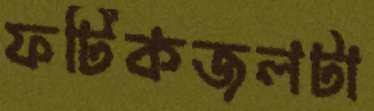
ফটিকজলটা